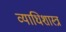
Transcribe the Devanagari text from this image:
व्याधिशास्त्र